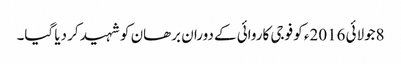
8جولائی 2016ء کو فوجی کاروائی کے دوران برھان کو شہید کر دیا گیا۔